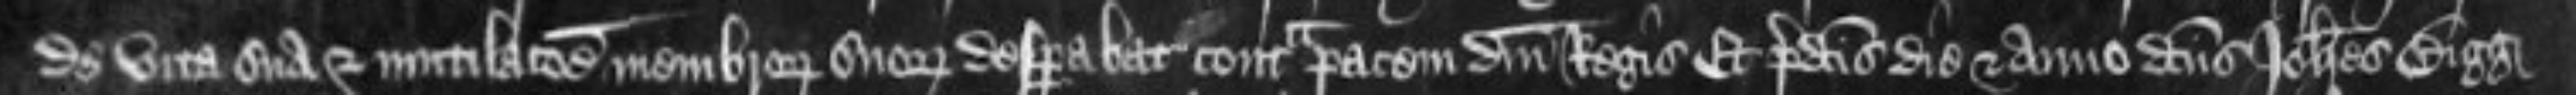
de vita sua et mutilatione membrorum suorum desparabat contra pacem domini Regis Et predictis die et anno dictus Johannes Bigg